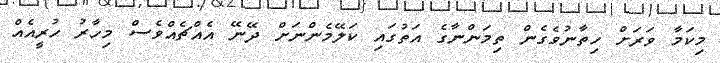
މިކަމާ ވަރަށް ހިތާނުވެގެން ތިމަންނާގެ އަތުގައި ކަލޭމެންނަށް ދޭނޭ އެއްޗެއްވެސް މިހާރު ހުރީއެއް